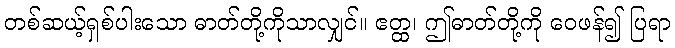
တစ်ဆယ့်ရှစ်ပါးသော ဓာတ်တို့ကိုသာလျှင်။ ဧတ္ထ၊ ဤဓာတ်တို့ကို ဝေဖန်၍ ပြရာ